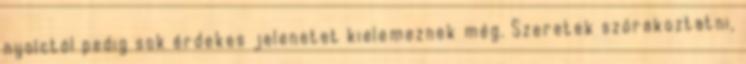
nyolctól pedig sok érdekes jelenetet kielemeznek még. Szeretek szórakoztatni,